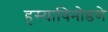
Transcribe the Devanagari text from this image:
हस्याविनोडणे